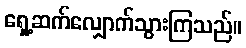
ရှေ့ဆက်လျှောက်သွားကြသည်။